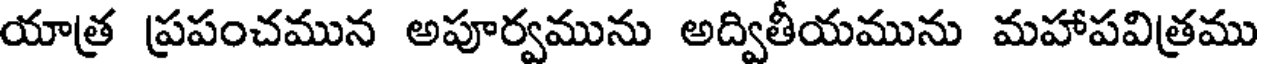
యాత్ర ప్రపంచమున అపూర్వమును అద్వితీయమును మహాపవిత్రము